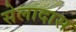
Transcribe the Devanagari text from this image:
सेलादास